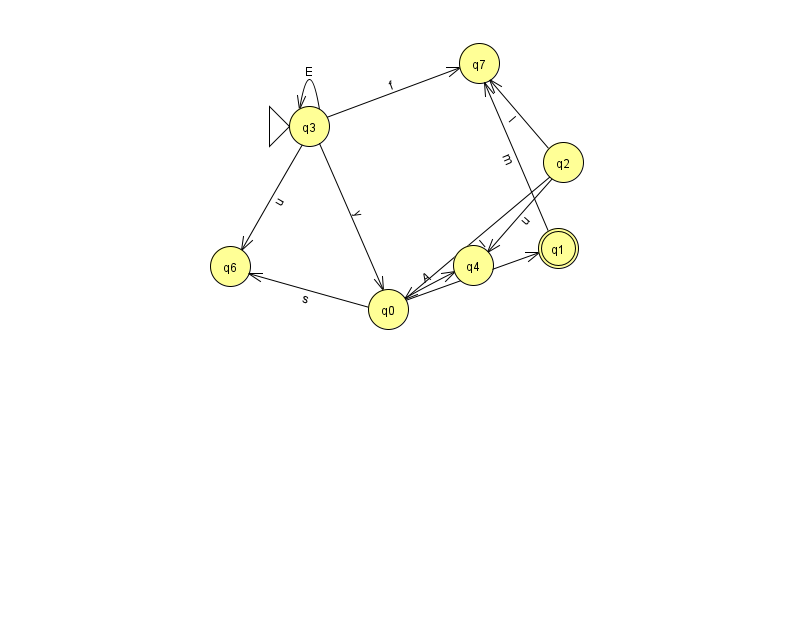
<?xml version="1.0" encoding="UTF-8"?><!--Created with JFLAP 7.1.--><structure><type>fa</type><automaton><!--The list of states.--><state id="0" name="q0"><x>388.0</x><y>296.0</y></state><state id="1" name="q1"><x>558.0</x><y>235.0</y><final/></state><state id="2" name="q2"><x>563.0</x><y>149.0</y></state><state id="3" name="q3"><x>309.0</x><y>113.0</y><initial/></state><state id="4" name="q4"><x>473.0</x><y>252.0</y></state><state id="6" name="q6"><x>230.0</x><y>253.0</y></state><state id="7" name="q7"><x>479.0</x><y>50.0</y></state><!--The list of transitions.--><transition><from>0</from><to>4</to><read>A</read></transition><transition><from>1</from><to>7</to><read>m</read></transition><transition><from>3</from><to>0</to><read>y</read></transition><transition><from>3</from><to>6</to><read>u</read></transition><transition><from>2</from><to>0</to><read>I</read></transition><transition><from>3</from><to>3</to><read>E</read></transition><transition><from>2</from><to>7</to><read>I</read></transition><transition><from>0</from><to>6</to><read>s</read></transition><transition><from>2</from><to>4</to><read>u</read></transition><transition><from>0</from><to>1</to><read>A</read></transition><transition><from>3</from><to>7</to><read>f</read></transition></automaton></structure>